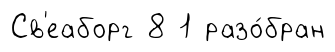
Св'еаборг 8 1 разо́бран